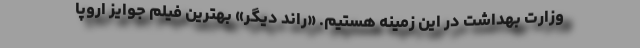
وزارت بهداشت در این زمینه هستیم. «راند دیگر» بهترین فیلم جوایز اروپا